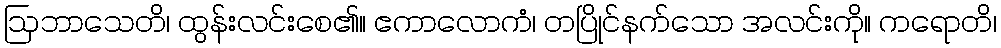
ဩဘာသေတိ၊ ထွန်းလင်းစေ၏။ ဧကာလောကံ၊ တပြိုင်နက်သော အလင်းကို။ ကရောတိ၊